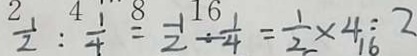
\frac { 1 } { 2 } : \frac { 1 } { 4 } = \frac { 1 } { 2 } \div \frac { 1 } { 4 } = \frac { 1 } { 2 } \times 4 = 2